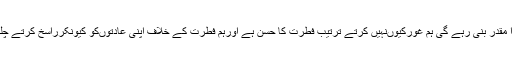
سوچتاہوں آخرکب تلک بے ترتیبی ہمارا مقدر بنی رہے گی ہم غورکیوںنہیں کرتے ترتیب فطرت کا حسن ہے اورہم فطرت کے خلاف اپنی عادتوںکو کیونکرراسخ کرتے چلے جائیں گے حالانکہ ترتیب سلیقہ ہے۔